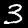
Label: 3